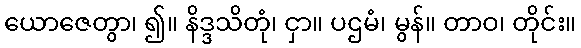
ယောဇေတွာ၊ ၍။ နိဒ္ဒသိတုံ၊ ငှာ။ ပဌမံ၊ မွန်။ တာဝ၊ တိုင်း။